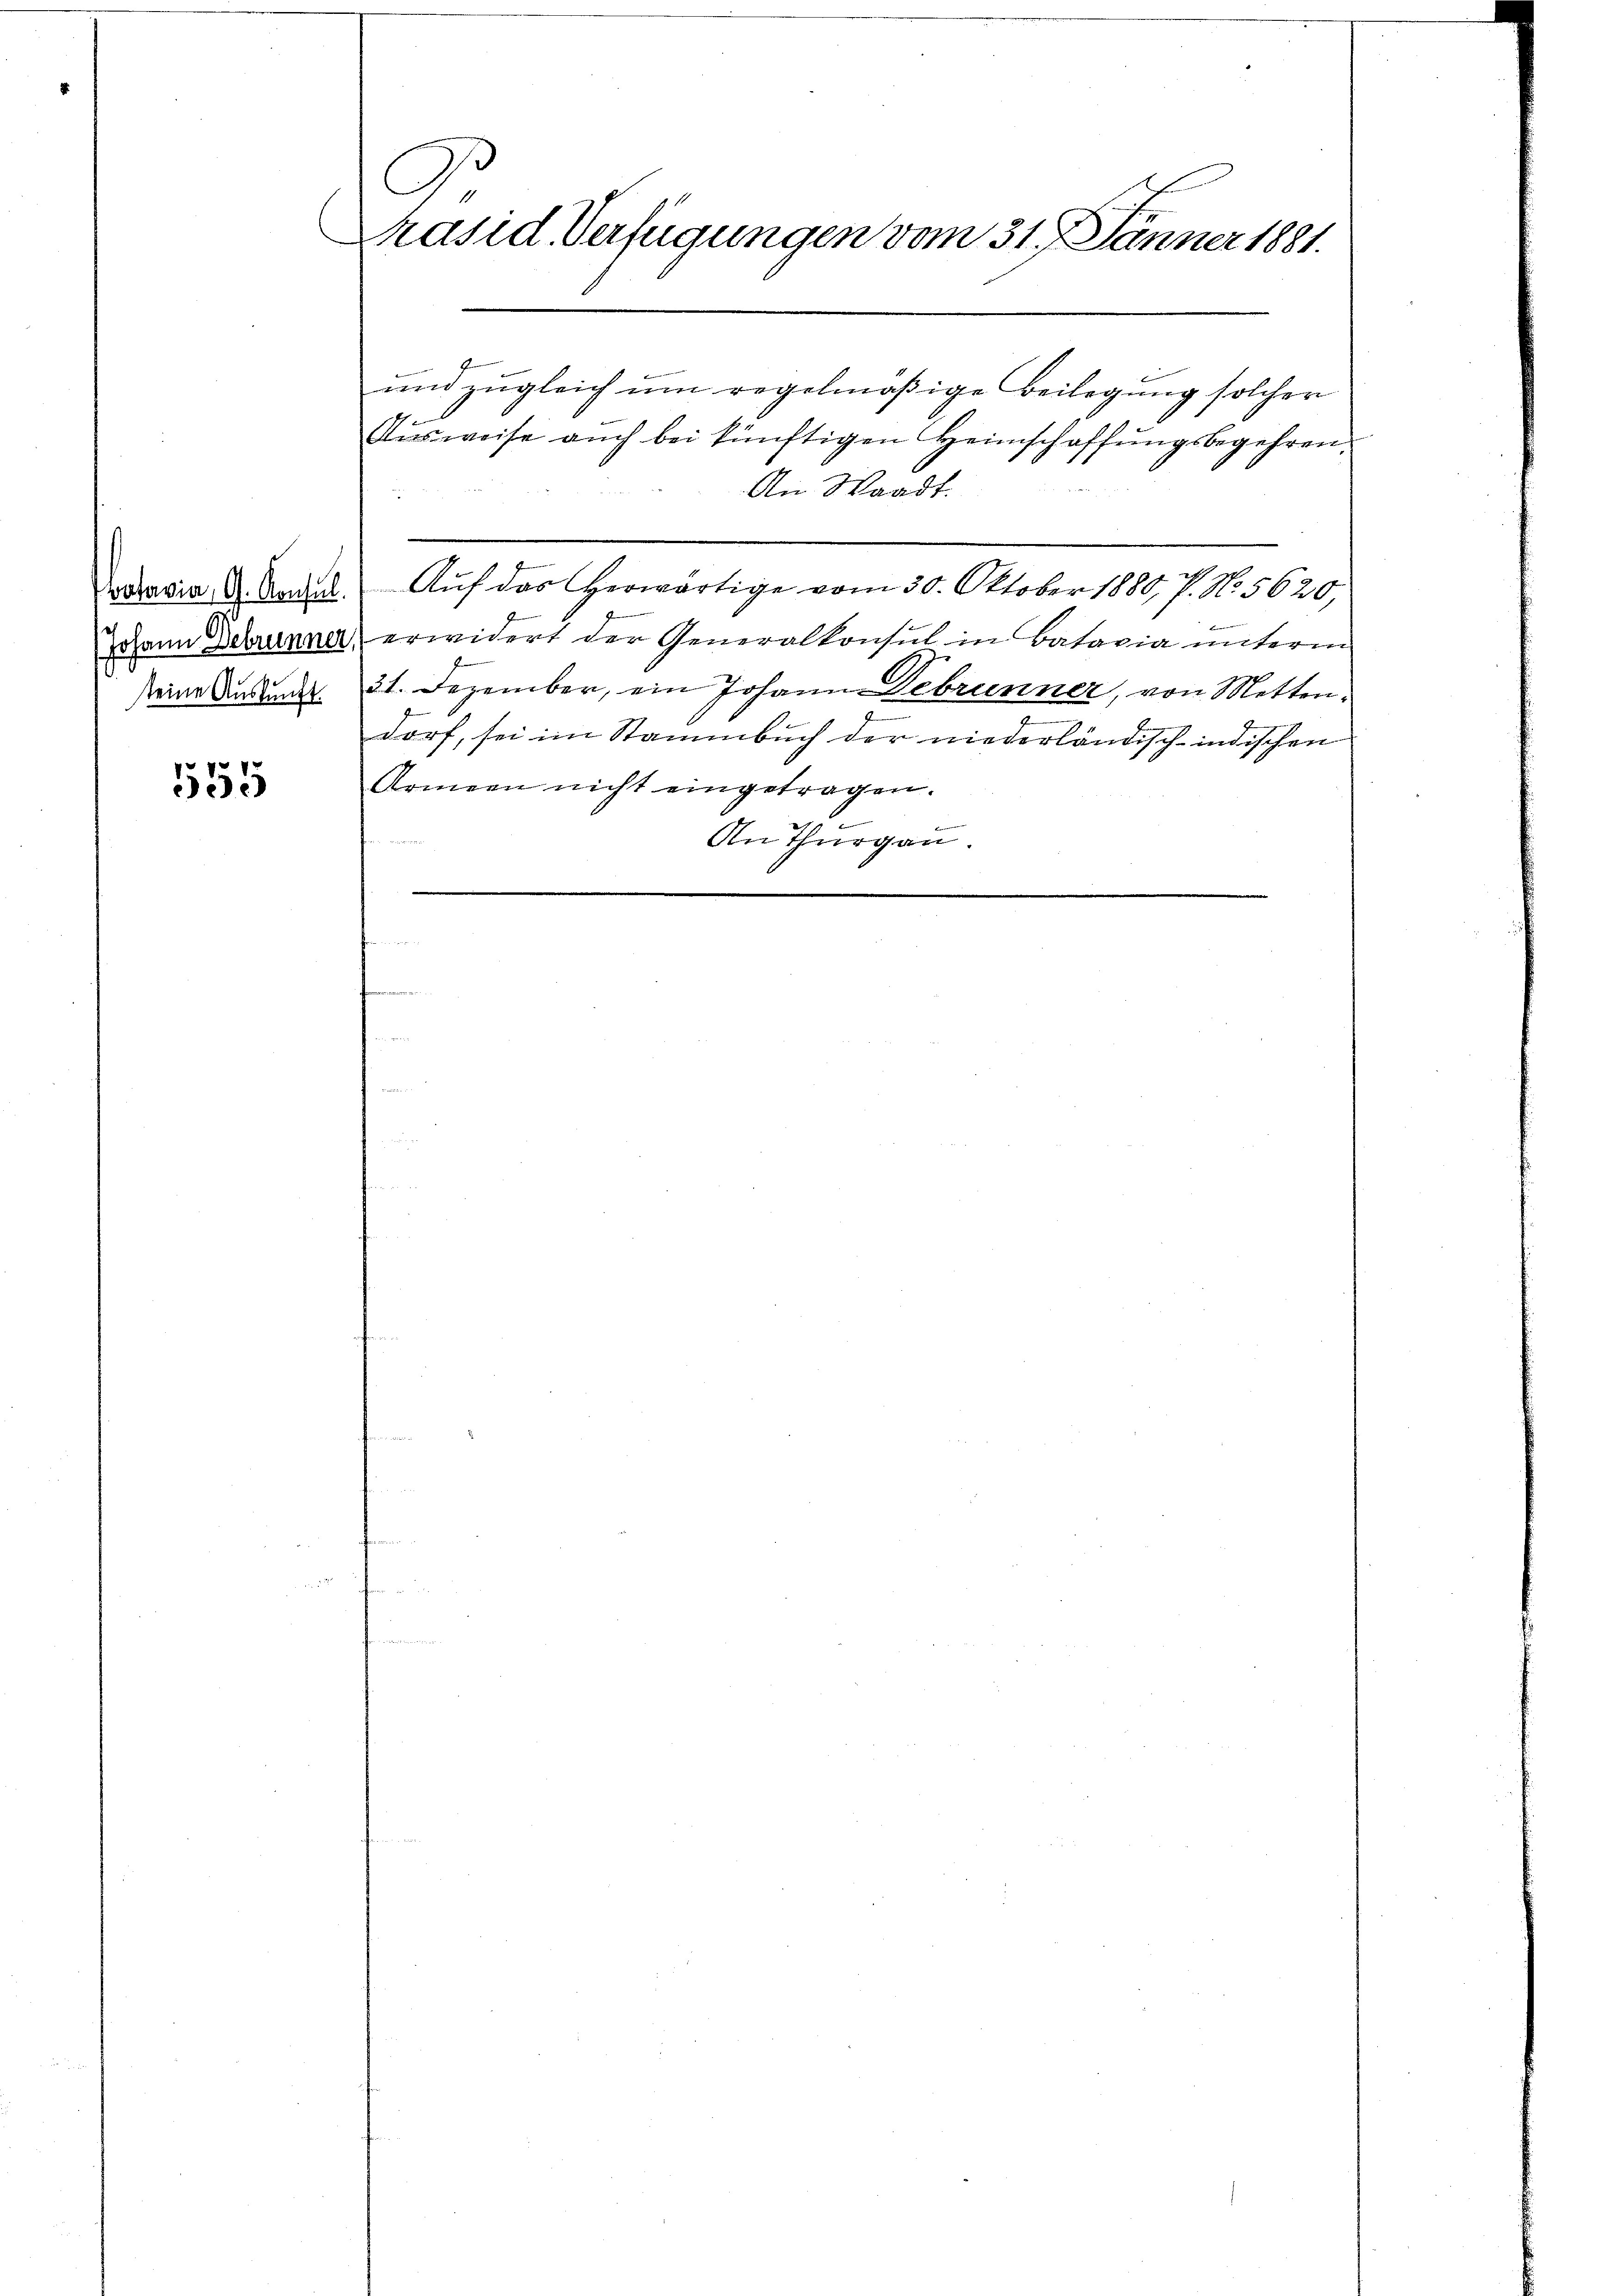
otavia, G. Konsul
seine Auskunft.

555

Di
Präsid Verfügungen vom 31. Jänner 1881.

und zugleich um regelmäßige Beilegung solcher
Aŭsweise auch bei künftigen Heimschaffungsbegehren.
An Waadt.
Auf das herwärtige vom 30. Oktober 1880, P. No. 5620,
Johann Debrunner, erwidert der Generalkonsul in Bataria unterm
31. Dezember, ein Johann Debrunner, von Mettendorf, sei im Stammbuch der niederländisch-indischen
Armeen nicht eingetragen.
An Thurgau.